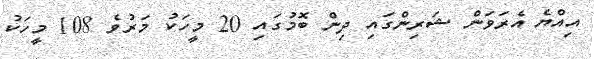
އިއްޔެ އެރަވަން ޝަރިންގައި ދިން ބޮމުގައި 20 މީހަކު މަރުވެ 108 މީހަކު